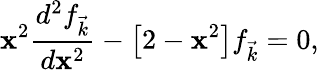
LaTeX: \mathbf{x}^{2}\frac{{d^{2}f_{\vec{{k}}}}}{{d\mathbf{x}^{2}}}-\left[2-\mathbf{x}^{2}\right]f_{\vec{{k}}}=0,